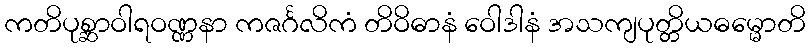
ကတိပုစ္ဆာဝါရဝဏ္ဏနာ ကဇင်္ဂလိကံ တိဝိဓာနံ ဝေါဒါနံ အသကျပုတ္တိယဓမ္မောတိ